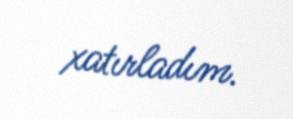
xatırladım.